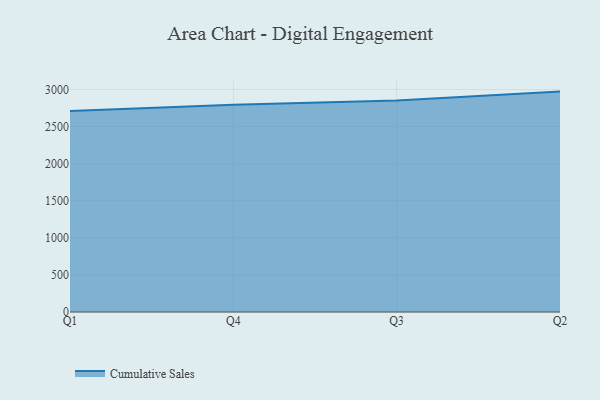
{"axis": {"x": "Quarter", "y": "Bounce Rate (%)"}, "legend": ["Cumulative Sales"], "data": [{"x": "Q1", "y": 2708.9, "type": "Cumulative Sales"}, {"x": "Q4", "y": 2793.3, "type": "Cumulative Sales"}, {"x": "Q3", "y": 2852.0, "type": "Cumulative Sales"}, {"x": "Q2", "y": 2971.9, "type": "Cumulative Sales"}]}